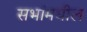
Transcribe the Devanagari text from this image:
सभांमधील